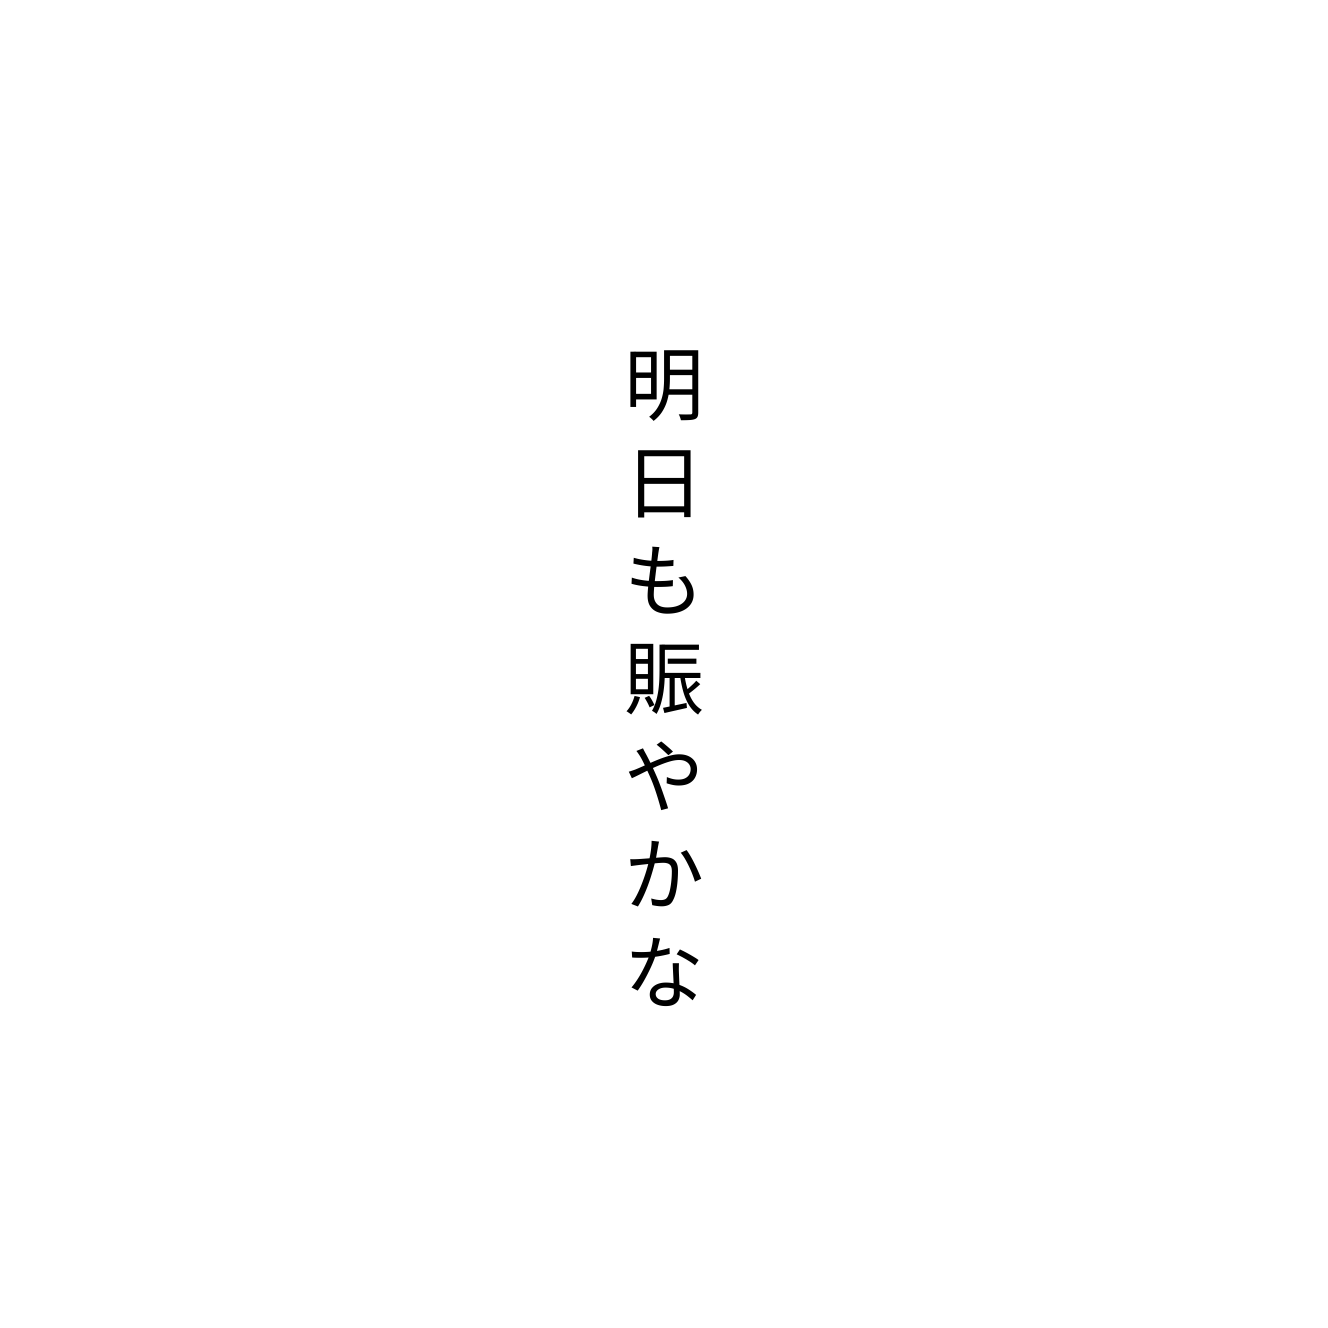
明日も賑やかな